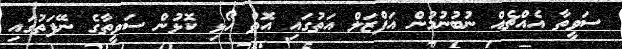
ސަވީތާ އެއްޗެއް ނުބުނުމުން އަފްޒަލް އަތުގައި އޮތް ހޯޅި ކޮޅުން ސަވީތާގެ ނޭފަތުގައި